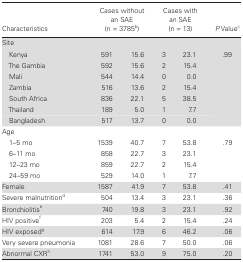
<table><thead><tr><td><b>Characteristics</b></td><td colspan="2"><b>Cases without an SAE (n = 3785<sup>b</sup>)</b></td><td colspan="2"><b>Cases with an SAE (n = 13)</b></td><td><b><i>P</i> Value<sup>c</sup></b></td></tr></thead><tbody><tr><td colspan="6">Site</td></tr><tr><td> Kenya</td><td>591</td><td>15.6</td><td>3</td><td>23.1</td><td rowspan="7">.99</td></tr><tr><td> The Gambia</td><td>592</td><td>15.6</td><td>2</td><td>15.4</td></tr><tr><td> Mali</td><td>544</td><td>14.4</td><td>0</td><td>0.0</td></tr><tr><td> Zambia</td><td>516</td><td>13.6</td><td>2</td><td>15.4</td></tr><tr><td> South Africa</td><td>836</td><td>22.1</td><td>5</td><td>38.5</td></tr><tr><td> Thailand</td><td>189</td><td>5.0</td><td>1</td><td>7.7</td></tr><tr><td> Bangladesh</td><td>517</td><td>13.7</td><td>0</td><td>0.0</td></tr><tr><td colspan="6">Age</td></tr><tr><td> 1–5 mo</td><td>1539</td><td>40.7</td><td>7</td><td>53.8</td><td rowspan="4">.79</td></tr><tr><td> 6–11 mo</td><td>858</td><td>22.7</td><td>3</td><td>23.1</td></tr><tr><td> 12–23 mo</td><td>859</td><td>22.7</td><td>2</td><td>15.4</td></tr><tr><td> 24–59 mo</td><td>529</td><td>14.0</td><td>1</td><td>7.7</td></tr><tr><td>Female</td><td>1587</td><td>41.9</td><td>7</td><td>53.8</td><td>.41</td></tr><tr><td>Severe malnutrition<sup>d</sup></td><td>504</td><td>13.4</td><td>3</td><td>23.1</td><td>.36</td></tr><tr><td>Bronchiolitis<sup>e</sup></td><td>740</td><td>19.8</td><td>3</td><td>23.1</td><td>.92</td></tr><tr><td>HIV positive<sup>f</sup></td><td>203</td><td>5.4</td><td>2</td><td>15.4</td><td>.24</td></tr><tr><td>HIV exposed<sup>g</sup></td><td>614</td><td>17.9</td><td>6</td><td>46.2</td><td>.06</td></tr><tr><td>Very severe pneumonia</td><td>1081</td><td>28.6</td><td>7</td><td>50.0</td><td>.06</td></tr><tr><td>Abnormal CXR<sup>h</sup></td><td>1741</td><td>53.0</td><td>9</td><td>75.0</td><td>.20</td></tr></tbody></table>